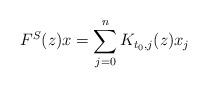
LaTeX: \begin{align*}F^S(z)x=\sum_{j=0}^n K_{t_0,j}(z)x_j\end{align*}